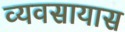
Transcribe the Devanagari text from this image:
व्‍यवसायास